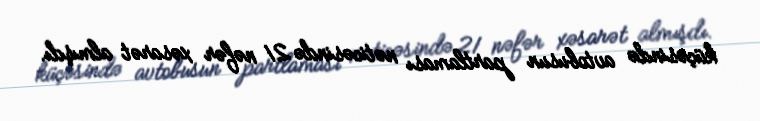
küçəsində avtobusun partlaması nəticəsində 21 nəfər xəsarət almışdı.